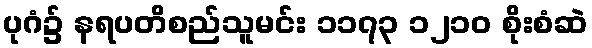
ပုဂံ၌ နရပတိစည်သူမင်း ၁၁၇၃ ၁၂၁၀ စိုးစံဆဲ